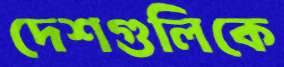
দেশগুলিকে